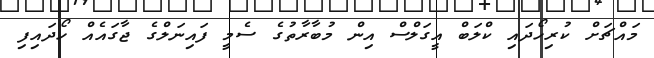
މައްޗަށް ކުރިހޯދައި ކްލަބް އީގަލްސް އިން މުބާރާތުގެ ސެމީ ފައިނަލްގެ ޖާގައެއް ހޯދައިފި